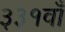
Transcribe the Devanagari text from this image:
३३१वाँ